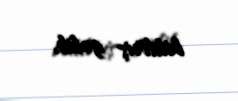
bildiriş gəlib.